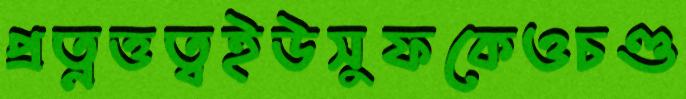
প্রত্নত্তত্বইউসুফকেওচণ্ড